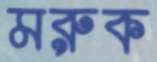
মরুক